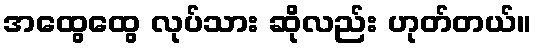
အထွေထွေ လုပ်သား ဆိုလည်း ဟုတ်တယ်။